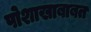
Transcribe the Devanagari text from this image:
पोशाखाबाबत